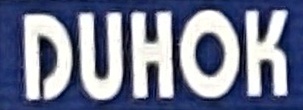
DUHOK